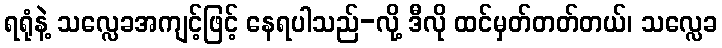
ရရုံနဲ့ သလ္လေခအကျင့်ဖြင့် နေရပါသည်-လို့ ဒီလို ထင်မှတ်တတ်တယ်၊ သလ္လေခ